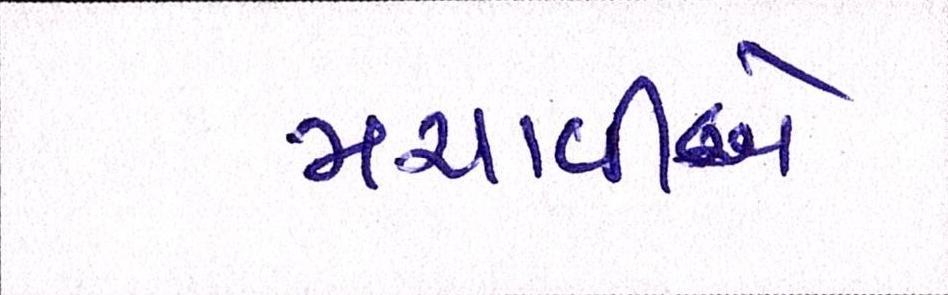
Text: મચાવીબે